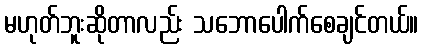
မဟုတ်ဘူးဆိုတာလည်း သဘောပေါက်စေချင်တယ်။